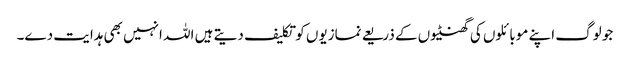
جو لوگ اپنے موبائلوں کی گھنٹیوں کے ذریعے نمازیوں کو تکلیف دیتے ہیں اللہ انہیں بھی ہدایت دے۔